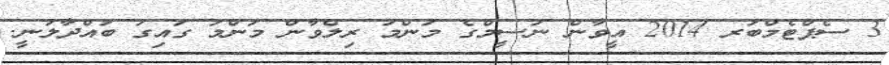
3 ސެޕްޓެމްބަރ 2014 އީވާން ނަސީމްގެ މަންމަ ރިލްވާން މަންމަ ގައިގަ ބައްދާލަނީ.